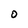
Character: O